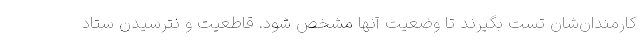
کارمندان‌شان تست بگیرند تا وضعیت آنها مشخص شود. قاطعیت و نترسیدن ستاد